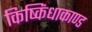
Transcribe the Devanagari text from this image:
किष्किंधाकाण्ड